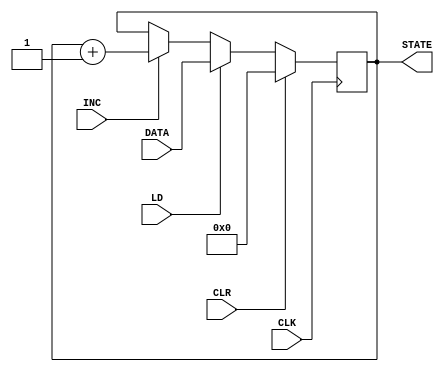
// Contains various counters required in the CPU


module counter5bit(input CLK, LD, INC, CLR, input wire [4:0] DATA, output reg [4:0] STATE);
   // 5-bit counter for the hardwired control unit
   always @(negedge CLK) begin
	  if(CLR)      STATE[4:0] <= 5'b00000;
	  else if(LD)  STATE[4:0] <= DATA[4:0];
	  else if(INC) STATE[4:0] <= STATE[4:0]+1;
   end
endmodule // counter5bit


module counter6bit(input CLK, LD, INC, CLR, input wire [5:0] DATA, output reg [5:0] STATE);
   // 6-bit counter for the program counter
   always @(negedge CLK) begin
	  if(CLR)      STATE[5:0] <= 6'b000000;
	  else if(LD)  STATE[5:0] <= DATA[5:0];
	  else if(INC) STATE[5:0] <= STATE[5:0]+1;
   end
endmodule // counter6bit


module counter9bit(input CLK, LD, INC, CLR, input wire [8:0] DATA, output reg [8:0] STATE);
   // 9-bit counter for the accumulator
   always @(negedge CLK) begin
	  if(CLR)      STATE[8:0] <= 9'b000000000;
	  else if(LD)  STATE[8:0] <= DATA[8:0];
	  else if(INC) STATE[8:0] <= STATE[8:0]+1;
   end
endmodule // counter9bit